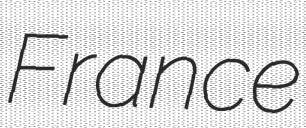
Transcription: France